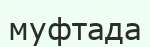
муфтада